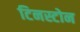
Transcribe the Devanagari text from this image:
टिनस्टोन